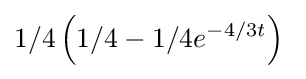
1/4\left(1/4-1/4e^{-4/3t}\right)\